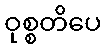
ဝုစ္စတိပေ